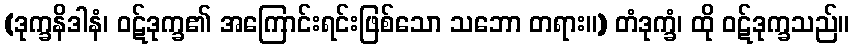
(ဒုက္ခနိဒါနံ၊ ဝဋ်ဒုက္ခ၏ အကြောင်းရင်းဖြစ်သော သဘော တရား။) တံဒုက္ခံ၊ ထို ဝဋ်ဒုက္ခသည်။